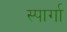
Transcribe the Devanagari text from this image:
स्पार्गा